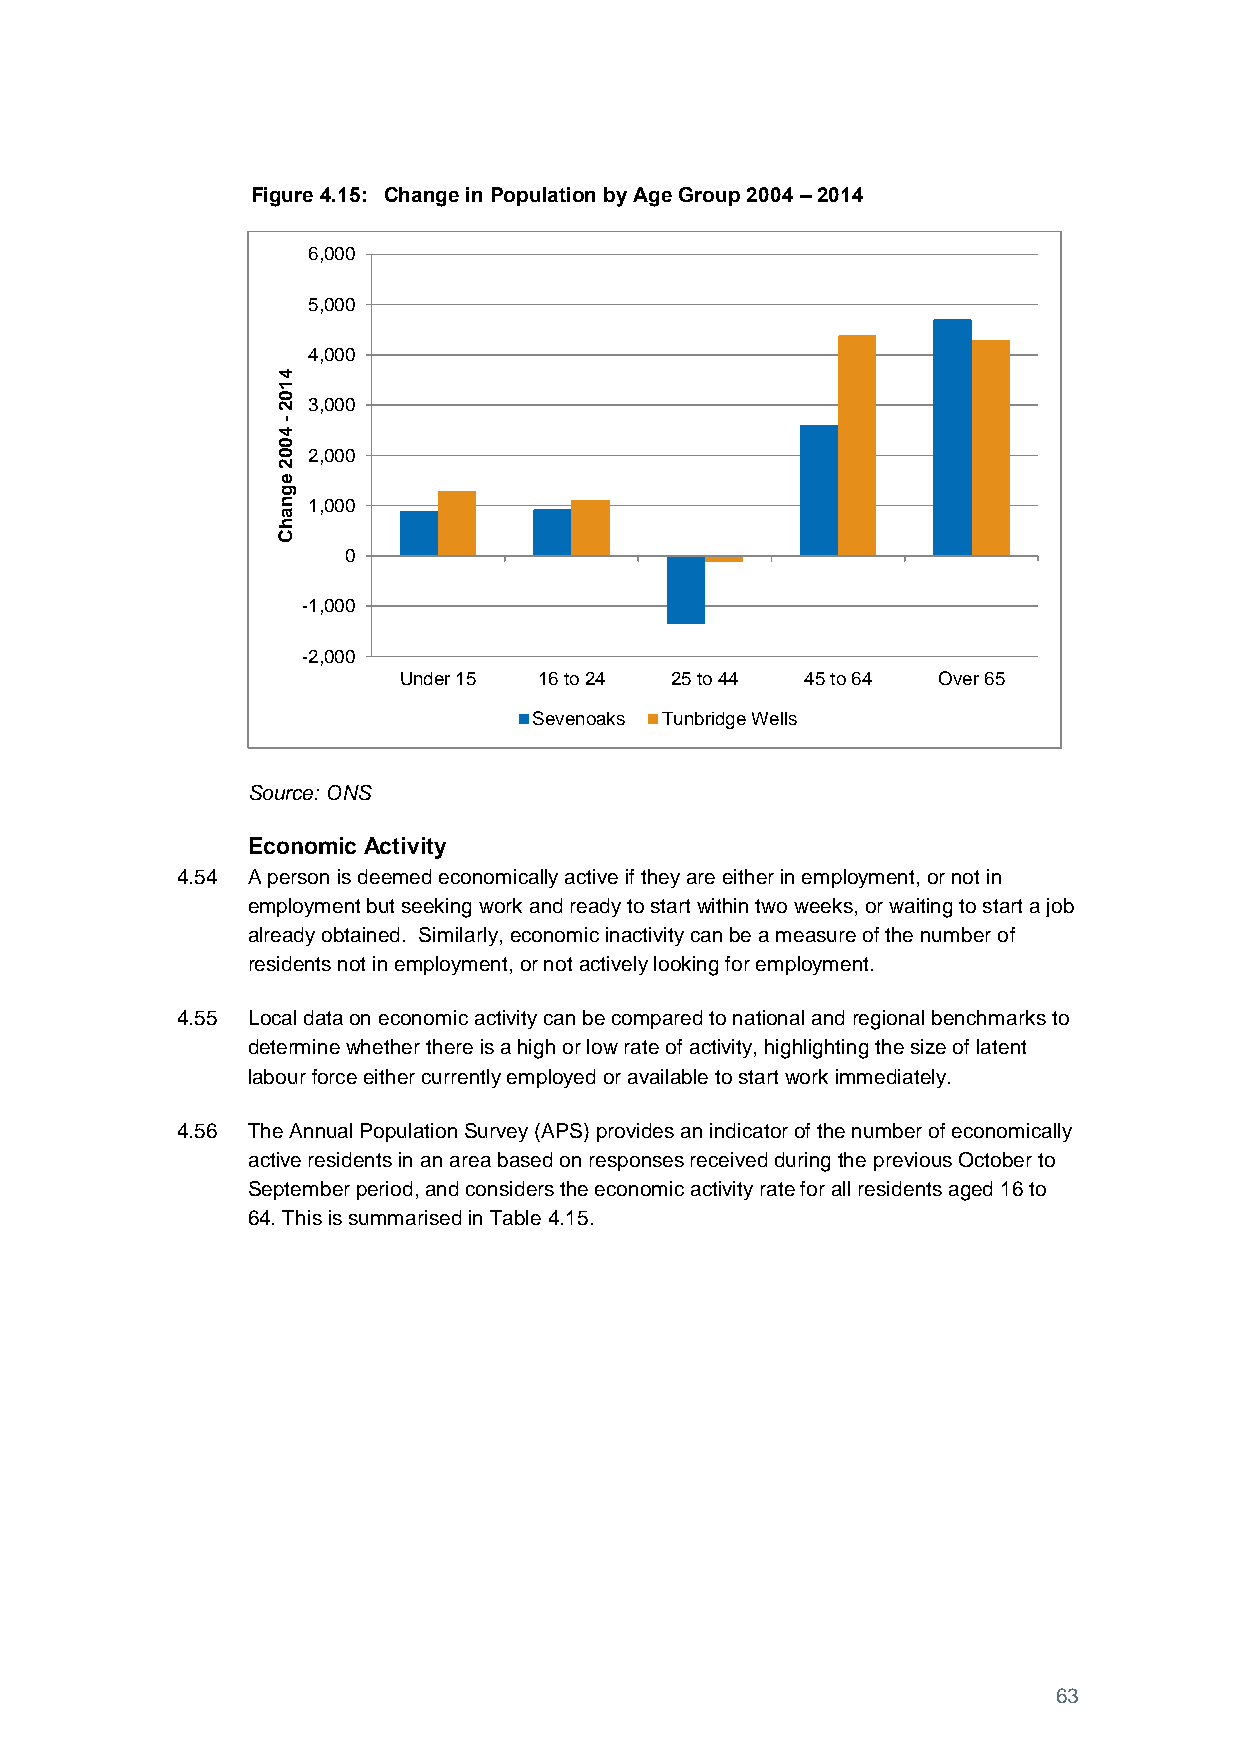
Figure 4.15: Change in Population by Age Group 2004 – 2014
 6,000
 5,000
 4,000
 4
 1
 0
 2 3,000
 4-
 0
 0 2,000
 2
 e
 g
 n 1,000
 a
 h
 C
 0
 -1,000
 -2,000
 Under 15  16 to 24 25 to 44 45 to 64 Over 65
 Sevenoaks Tunbridge Wells
 Source: ONS
 Economic Activity
 4.54 A person is deemed economically active if they are either in employment, or not in
 employment but seeking work and ready to start within two weeks, or waiting to start a job
 already obtained. Similarly, economic inactivity can be a measure of the number of
 residents not in employment, or not actively looking for employment.
 4.55 Local data on economic activity can be compared to national and regional benchmarks to
 determine whether there is a high or low rate of activity, highlighting the size of latent
 labour force either currently employed or available to start work immediately.
 4.56 The Annual Population Survey (APS) provides an indicator of the number of economically
 active residents in an area based on responses received during the previous October to
 September period, and considers the economic activity rate for all residents aged 16 to
 64. This is summarised in Table 4.15.
 63